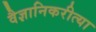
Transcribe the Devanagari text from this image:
वैज्ञानिकरीत्या